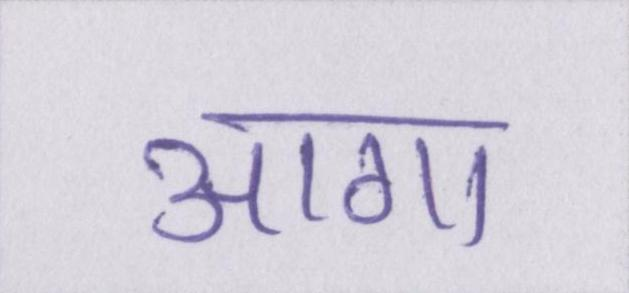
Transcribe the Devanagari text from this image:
आगा